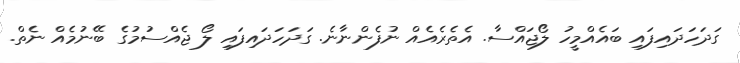
ގަދަހަދައިފައި ބައެއްމީހު ލޯޖައްސާ. އެތެރެއެއް ނުފެންނާނެ. ގަދަހަދައިފައި ލޯ ޖެއްސުމުގެ ބޭނުމެއް ނެތް.